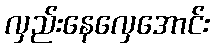
လှည်းနေလှေအောင်း